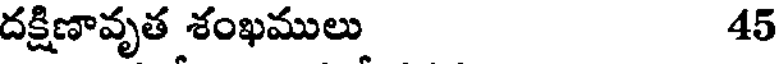
దక్షిణావృత శంఖములు 45